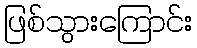
ဖြစ်သွားကြောင်း